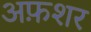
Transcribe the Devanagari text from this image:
अफ़शर